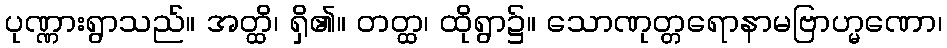
ပုဏ္ဏားရွာသည်။ အတ္ထိ၊ ရှိ၏။ တတ္ထ၊ ထိုရွာ၌။ သောဏုတ္တရောနာမဗြာဟ္မဏော၊